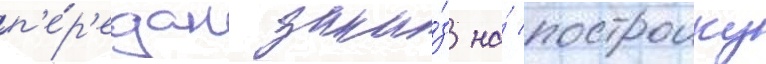
п'е́р'едан зака́з на́ построику